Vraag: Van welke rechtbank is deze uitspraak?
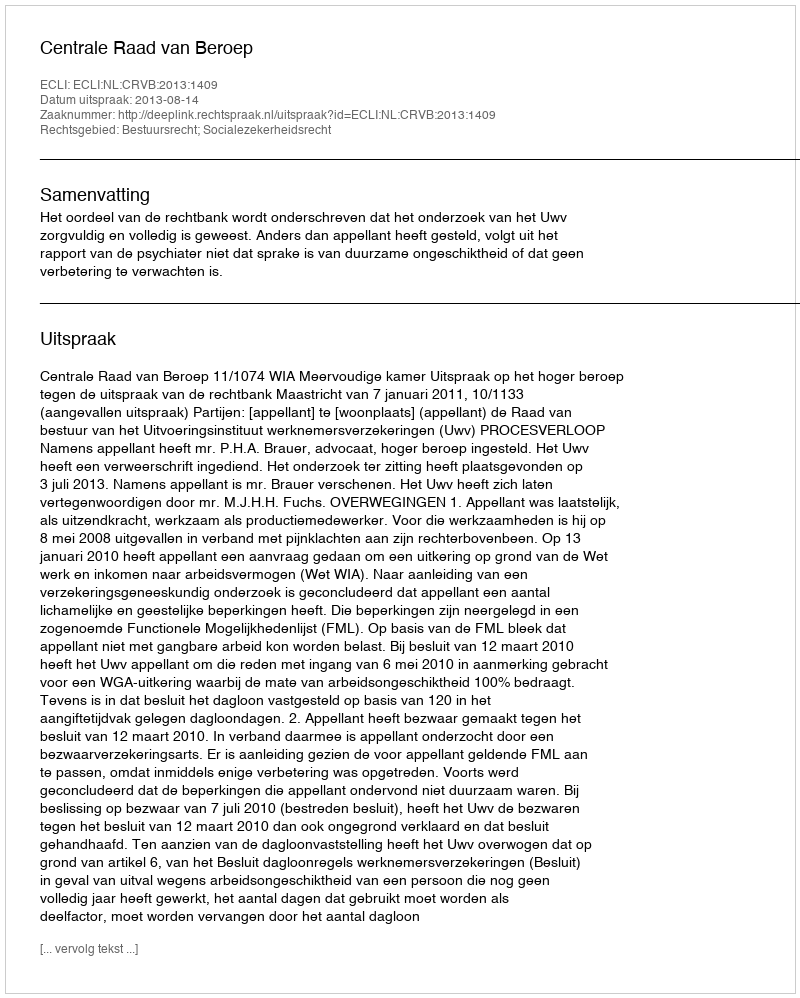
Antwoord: Centrale Raad van Beroep